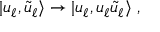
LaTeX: | u _ { \ell } , \tilde { u } _ { \ell } \rangle \to | u _ { \ell } , u _ { \ell } \tilde { u } _ { \ell } \rangle ~ ,